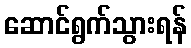
ဆောင်ရွက်သွားရန်